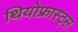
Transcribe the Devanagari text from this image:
थियोफ्रास्ट्स